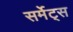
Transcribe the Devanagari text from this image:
सर्मेट्स